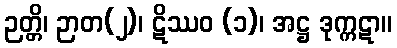
ဉတ္တိ၊ ဉာတ(၂)၊ ဋိဿဝ (၁)၊ အဋ္ဌ ဒုက္ကဋာ။